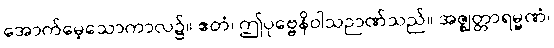
အောက်မေ့သောကာလ၌။ ဧတံ၊ ဤပုဗ္ဗေနိဝါသဉာဏ်သည်။ အဇ္ဈတ္တာရမ္မဏံ၊